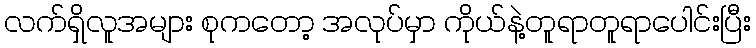
လက်ရှိလူအများ စုကတော့ အလုပ်မှာ ကိုယ်နဲ့တူရာတူရာပေါင်းပြီး